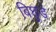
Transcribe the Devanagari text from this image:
बिछुडे